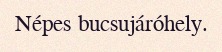
Népes bucsujáróhely.